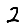
Digit: 2